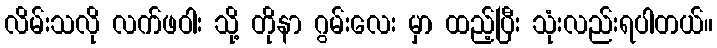
လိမ်းသလို လက်ဖဝါး သို့ တိုနာ ဂွမ်းလေး မှာ ထည့်ပြီး သုံးလည်းရပါတယ်။